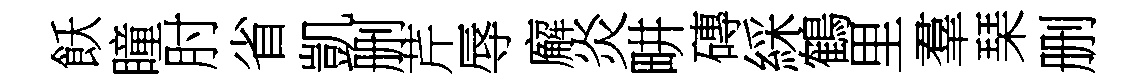
飫瞳肘省凱删芹辱廨炎畊磚綵鶴里羣琹删